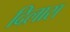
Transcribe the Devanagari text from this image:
दिलास